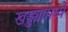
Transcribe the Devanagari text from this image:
खड्ड्यामध्ये